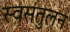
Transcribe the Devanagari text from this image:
स्वसंतुलन